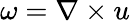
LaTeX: \omega=\nabla\times u